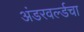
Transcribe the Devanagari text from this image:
अंडरवर्ल्डचा